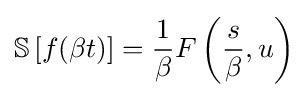
{\mathbb {S} }\left[f(\beta t)\right]={\frac {1}{\beta }}F\left({\frac {s}{\beta }},u\right)